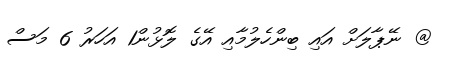
@ ނޭޕާލަށް އައި ބިންހެލުމާއި އޭގެ ލޮޅުން1 އަހަރު 6 މަސް